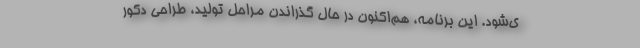
ی‌شود. این برنامه، هم‌اکنون در حال گذراندن مراحل تولید، طراحی دکور